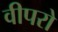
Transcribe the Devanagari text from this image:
वीपरो